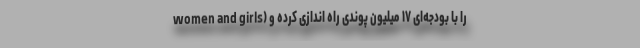
women and girls) را با بودجه‌ای ۱۷ میلیون پوندی راه اندازی کرده و